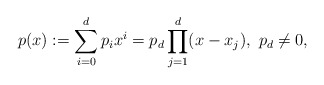
\begin{align*}p(x):=\sum_{i=0}^dp_ix^i=p_d\prod_{j=1}^d(x-x_j),~p_d\neq 0,\end{align*}